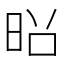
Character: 𫞃